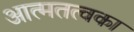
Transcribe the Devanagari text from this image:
आत्मतत्वका